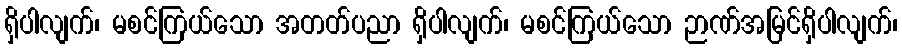
ရှိပါလျက်၊ မစင်ကြယ်သော အတတ်ပညာ ရှိပါလျက်၊ မစင်ကြယ်သော ဉာဏ်အမြင်ရှိပါလျက်၊